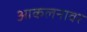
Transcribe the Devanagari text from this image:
आकलनावर